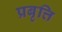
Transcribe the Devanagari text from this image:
प्रबृत्ति